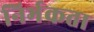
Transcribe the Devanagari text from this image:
निर्भकता